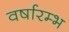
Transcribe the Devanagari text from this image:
वर्षारम्भ